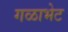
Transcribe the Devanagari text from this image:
गळाभेट